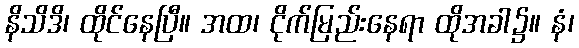
နိသိဒိ၊ ထိုင်နေပြီ။ အထ၊ ငိုက်မြည်းနေရာ ထိုအခါ၌။ နံ၊